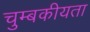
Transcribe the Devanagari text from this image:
चुम्बकीयता